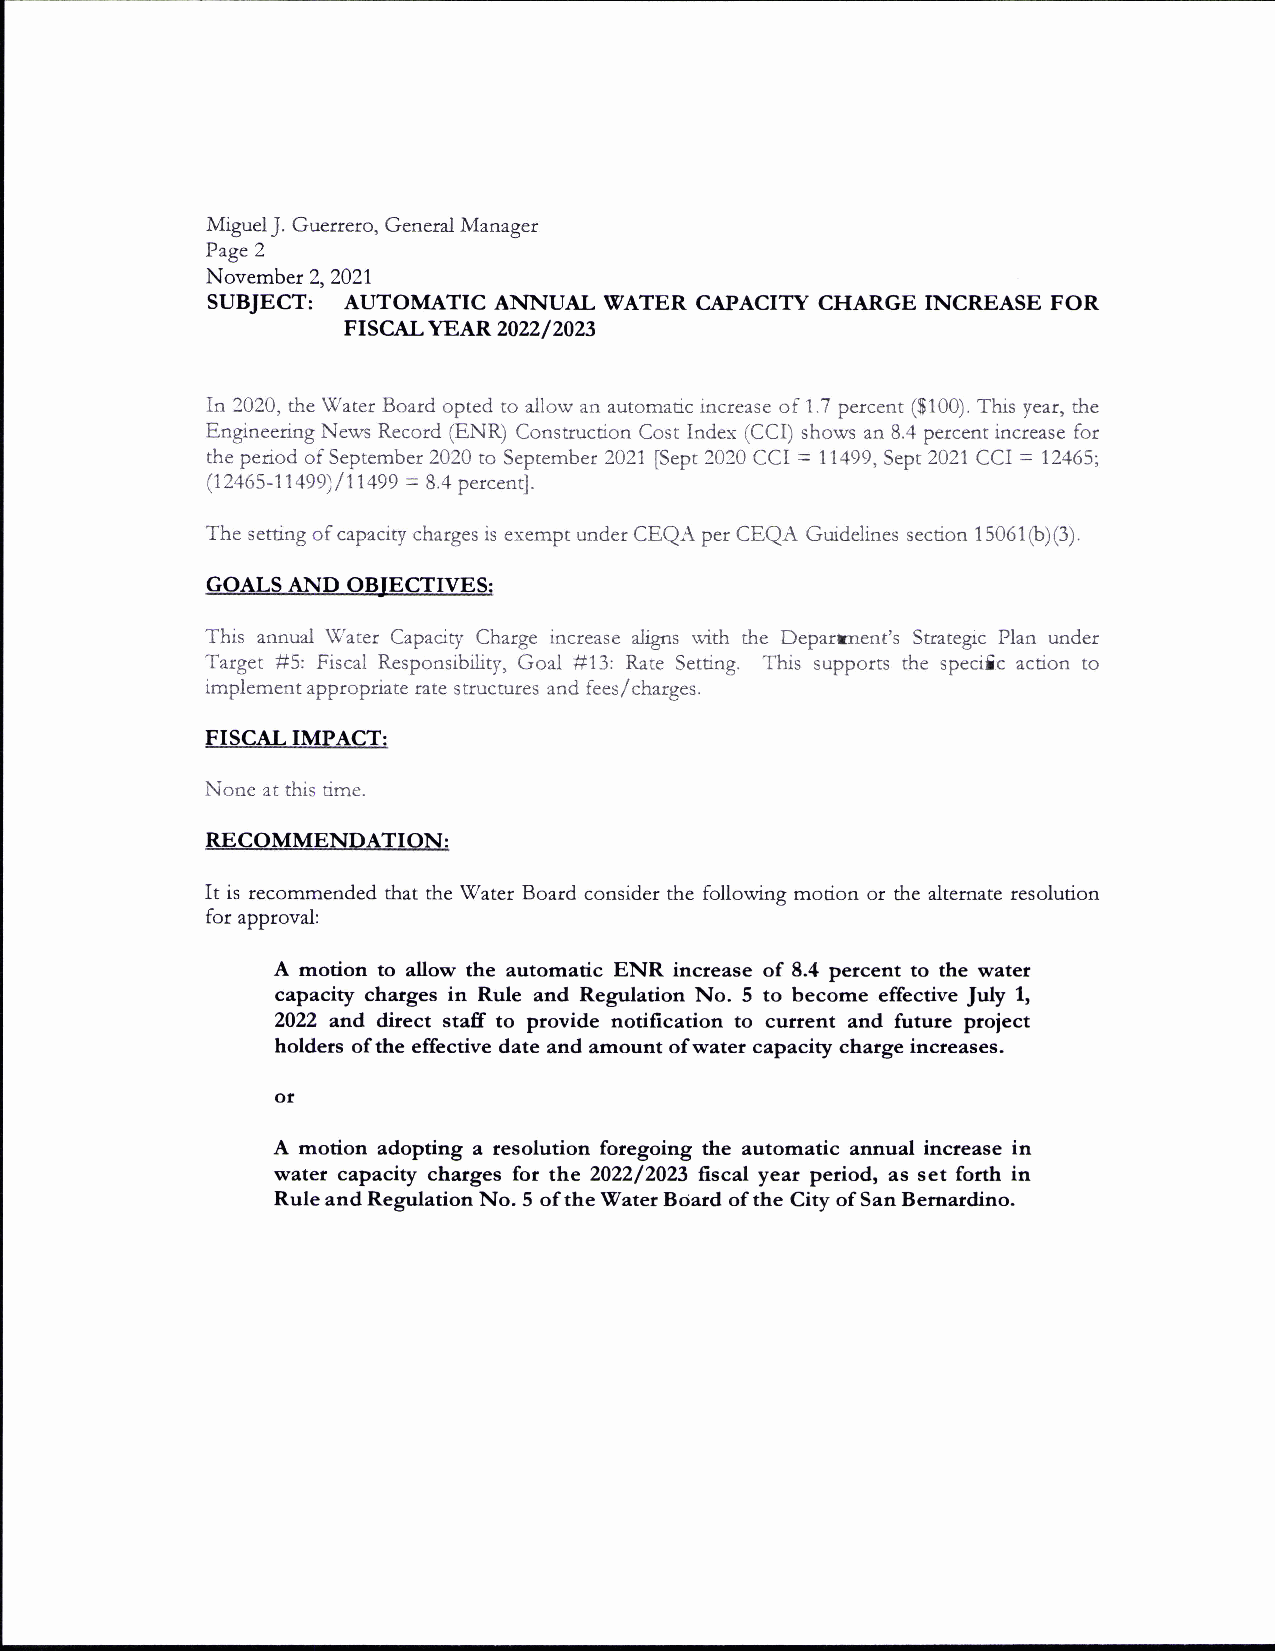
Miguel J. Guerrero, General Manager
 Page 2
 November 2,2021
 SUBJECT: AUTOMATIC ANNUAL WATER CAPACITY CHARGE INCREASE FOR
 FISCALYEAR2022/2023
 Ia 2020, the Water Board opted to allow an automatic increase of 1.7 percent ($100). This year, the
 Engineering News Record (ENR) Construction Cost Index (CCI) shows an 8.4 percent increase for
 the penod of September 2A20 to September 2021 fSept 2020 CCI = 11499, Sept 2021 CCI = 12465;
 (12465-11 499) / 11 499 = 8.4 percentl.
 The setting of capacity charges is exempt under CEQA per CEQA Guidelines section 15061(b)(3).
 GOALS AND OBJECTIVES:
 This annual Water Capacity Chatge increase aligns with the Deparrnent's Strategic Plan under
 Target #5: Fiscal Responsibility, Goal #13: Rate Setung. This supports the specilc action to
 implement appropdate rate tructures and fees,/charges.
 s
 FISCAL IMPACT:
 None at this time.
 RECOMMENDATION:
 It is recommended that the !7ater Board consider the following motion or the alteroate resolution
 for approval:
 A motion to allow the automatic ENR inctease of 8.4 percent to the water
 capacity chatges in Rule and Regulation No. 5 to become effective Jrly 1,
 2O?2 and. dirs61 staff to provide notification to current and future ptoiect
 holdets of the effective date and amount ofwater capacity charge increases.
 A motion adopting a tesolution foregoing the automatic annual increase in
 watet capacity charges fot the 2022/2023 fiscal year pedod, as set forth in
 Rule and Regulation No. 5 of the Vater Bcjard of the City of San Bernardino.